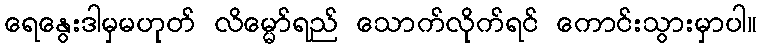
ရေနွေးဒါမှမဟုတ် လိမ္မော်ရည် သောက်လိုက်ရင် ကောင်းသွားမှာပါ။